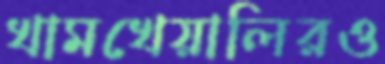
খামখেয়ালিরও